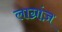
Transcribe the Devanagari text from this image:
लाग्रांज़